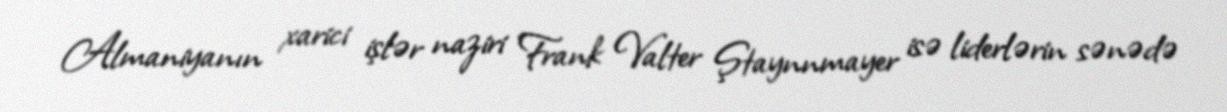
Almaniyanın xarici işlər naziri Frank Valter Ştaynnmayer isə liderlərin sənədə